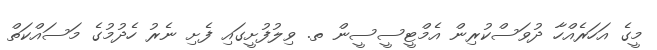
މީގެ އަހަރެއްހާ ދުވަސްކުރިން އެމްޓީސީސީން ތ. ވިލުފުށީގައި ފެށި ނެރު ހެދުމުގެ މަސައްކަތް